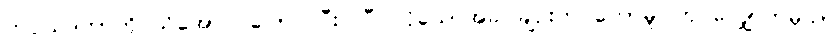
ကပ္ပိယဒကာကို သိအောင် ပြောပြပြီးပါပြီ၊ လိုသောအခါ ချဉ်းကပ်တော်မူပါဟု လျှောက်မှသာ